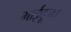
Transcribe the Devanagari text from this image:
भाईदूज।